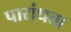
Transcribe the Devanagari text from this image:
पारांधता